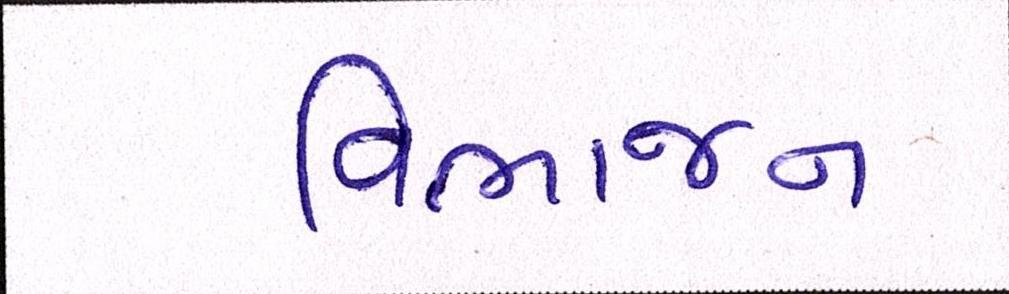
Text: વિભાજન